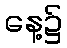
နေ့၌